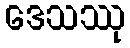
ဒေသဿု